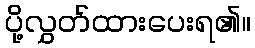
ပို့လွှတ်ထားပေးရ၏။